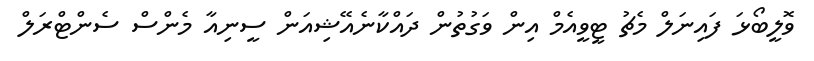
ވޮލީބޯޅަ ފައިނަލް މެޗު ޓީވީއެމް އިން ވަގުތުން ދައްކާނެއޭޝިއަން ސީނިއާ މެންސް ސެންޓްރަލް